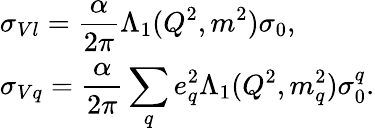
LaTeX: \begin{array}{l}{{\displaystyle{\sigma_{Vl}}=\frac{\alpha}{2\pi}\Lambda_{1}(Q^{2},m^{2}){\sigma_{0}},}}\\ {{\displaystyle{\sigma_{Vq}}=\frac{\alpha}{2\pi}\sum_{q}e_{q}^{2}\Lambda_{1}(Q^{2},m_{q}^{2}){\sigma_{0}^{q}}.}}\end{array}